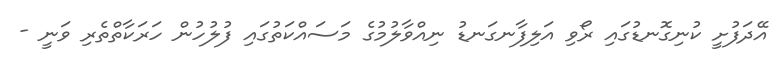
އޭދަފުށީ ކުނިގޮނޑުގައި ރޯވި އަލިފާނގަނޑު ނިއްވާލުމުގެ މަސައްކަތުގައި ފުލުހުން ހަރަކާތްތެރި ވަނީ -